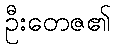
ဦးတေဇ၏